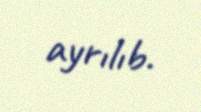
ayrılıb.